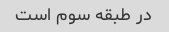
در طبقه سوم است